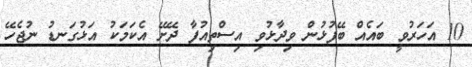
10 އަހަރުވީ ބައެއް ބޭފުޅުން ވިދާޅުވި އިސްތިއުފާ ދޭށޭ އެކަމަކު އަޅުގަނޑު ނުޖެހޭ